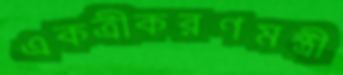
একত্রীকরণমন্ত্রী